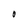
Character: 0